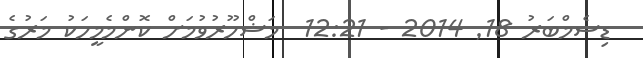
ޑިސެމްބަރު 18